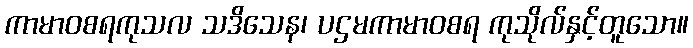
ကာမာဝစရကုသလ သဒိသေန၊ ပဌမကာမာဝစရ ကုသိုလ်နှင့်တူသော။